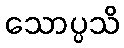
သောပ္ပသိ